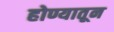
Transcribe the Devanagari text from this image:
होण्यातून